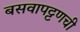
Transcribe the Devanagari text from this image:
बसवापट्टणची